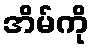
အိမ်ကို